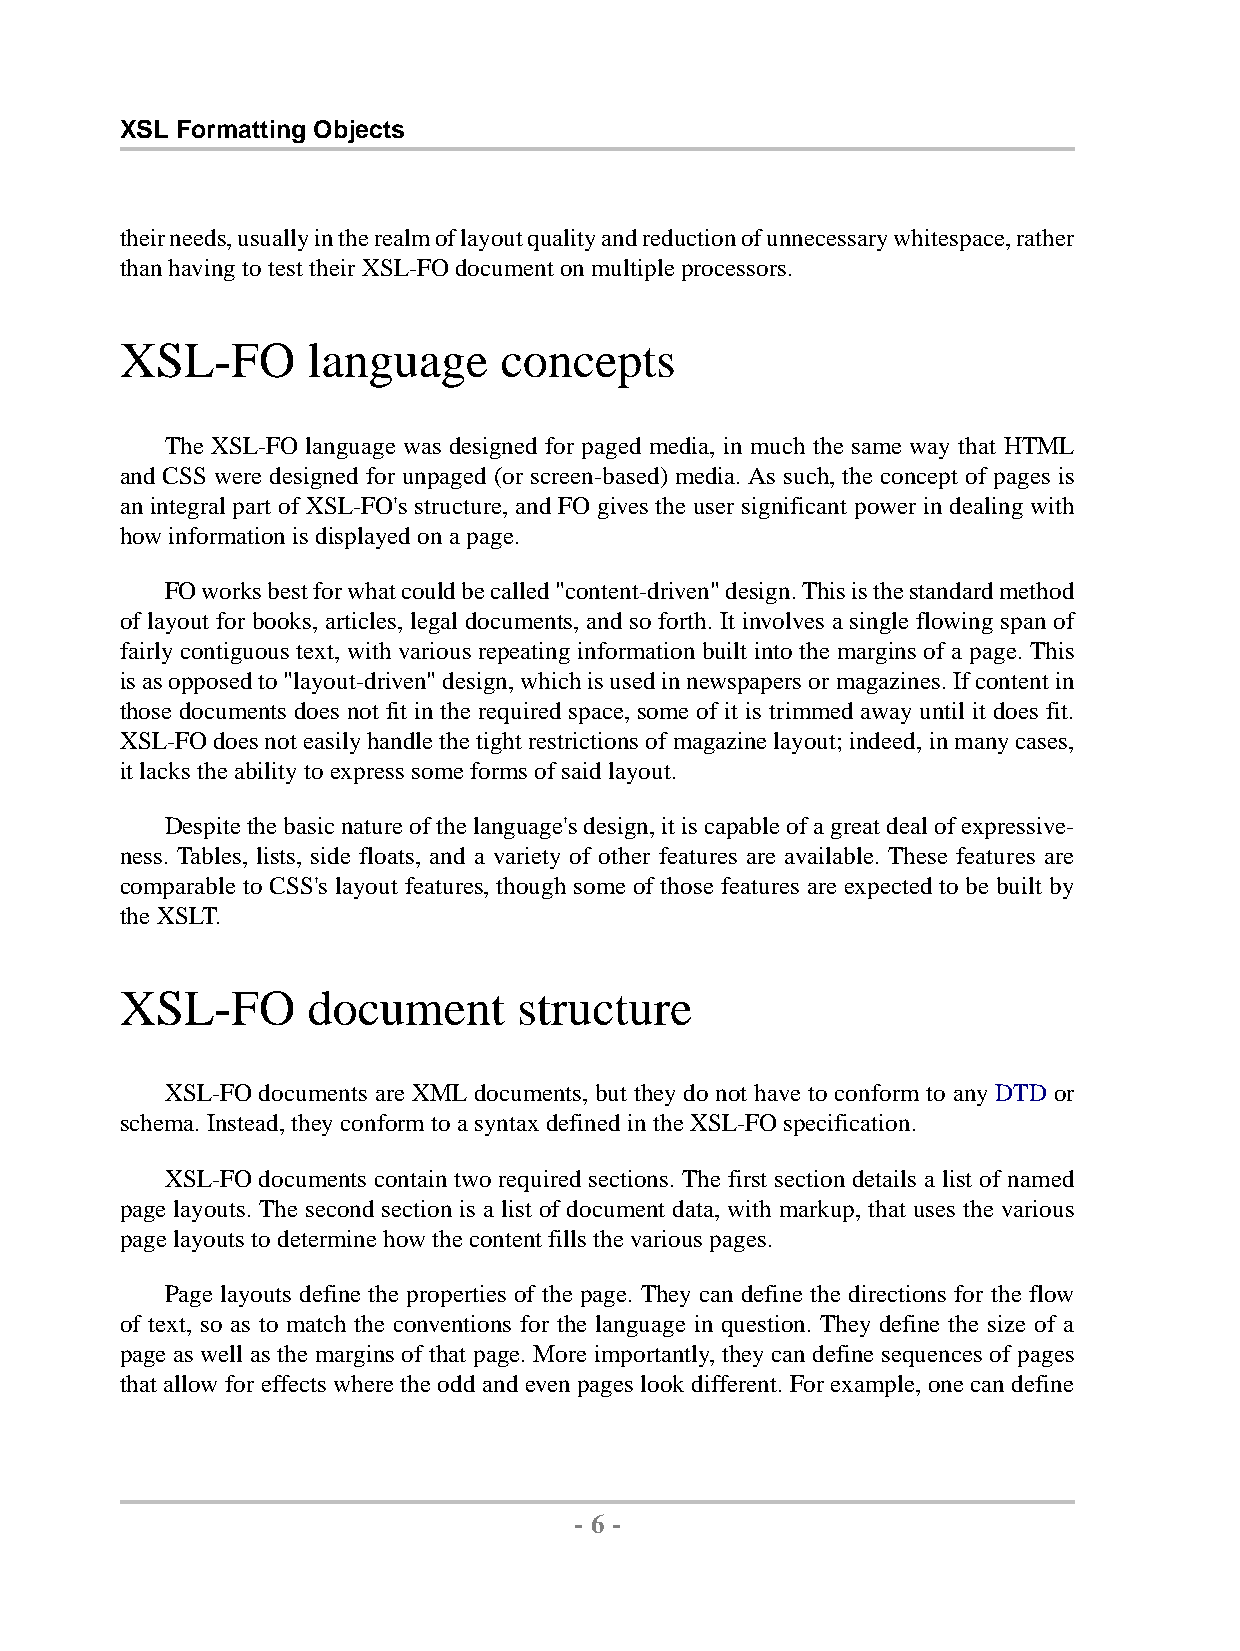
XSL Formatting Objects
 theirneeds,usuallyintherealmoflayoutqualityandreductionofunnecessarywhitespace,rather
 thanhavingtotesttheirXSL-FOdocumentonmultipleprocessors.
 XSL-FO      language     concepts
 The XSL-FO language was designed for paged media, in much the same way that HTML
 and CSS were designed for unpaged (or screen-based) media. As such, the concept of pages is
 an integral part of XSL-FO's structure, and FO gives the user significant power in dealing with
 howinformationisdisplayedona page.
 FOworksbestforwhatcouldbecalled"content-driven"design.Thisisthestandardmethod
 of layout for books, articles, legal documents, and so forth. It involves a single flowing span of
 fairly contiguous text, with various repeating information built into the margins of a page. This
 isasopposedto"layout-driven"design,whichisusedinnewspapersormagazines.Ifcontentin
 those documents does not fit in the required space, some of it is trimmed away until it does fit.
 XSL-FOdoesnoteasilyhandlethetightrestrictionsofmagazinelayout;indeed,inmanycases,
 itlackstheabilitytoexpresssomeformsofsaidlayout.
 Despitethebasicnatureofthelanguage'sdesign,itiscapableofagreatdealofexpressive-
 ness. Tables, lists, side floats, and a variety of other features are available. These features are
 comparable to CSS's layout features, though some of those features are expected to be built by
 theXSLT.
 XSL-FO      document      structure
 XSL-FO documents are XML documents, but they do not have to conform to any DTD or
 schema.Instead,theyconformtoasyntaxdefinedintheXSL-FOspecification.
 XSL-FO documents contain two required sections. The first section details a list of named
 page layouts. The second section is a list of document data, with markup, that uses the various
 pagelayoutstodeterminehowthecontentfillsthe various pages.
 Page layouts define the properties of the page. They can define the directions for the flow
 of text, so as to match the conventions for the language in question. They define the size of a
 page as well as the margins of that page. More importantly, they can define sequences of pages
 that allow for effects where the odd and even pages look different. For example, one can define
 - 6 -
 by,XMLtoPDFXSL-FOFormatter